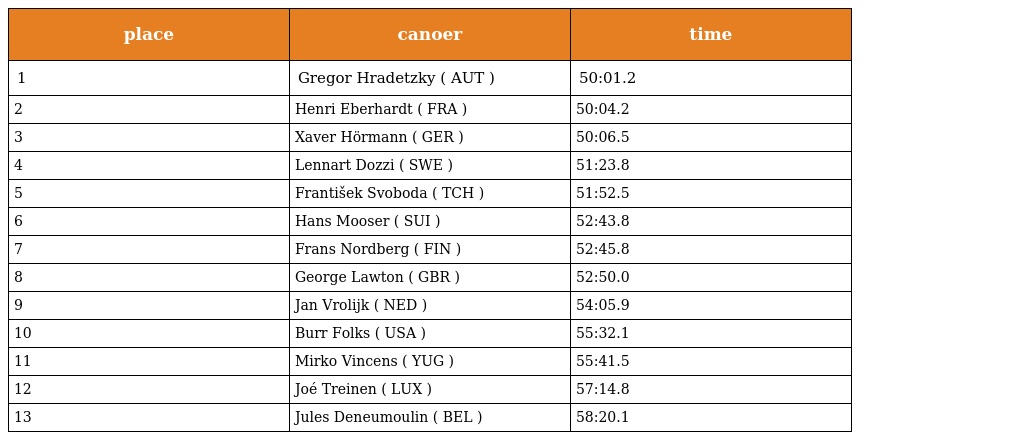
| place | canoer | time |
 | --- | --- | --- |
 | 1 | Gregor Hradetzky ( AUT ) | 50:01.2 |
 | 2 | Henri Eberhardt ( FRA ) | 50:04.2 |
 | 3 | Xaver Hörmann ( GER ) | 50:06.5 |
 | 4 | Lennart Dozzi ( SWE ) | 51:23.8 |
 | 5 | František Svoboda ( TCH ) | 51:52.5 |
 | 6 | Hans Mooser ( SUI ) | 52:43.8 |
 | 7 | Frans Nordberg ( FIN ) | 52:45.8 |
 | 8 | George Lawton ( GBR ) | 52:50.0 |
 | 9 | Jan Vrolijk ( NED ) | 54:05.9 |
 | 10 | Burr Folks ( USA ) | 55:32.1 |
 | 11 | Mirko Vincens ( YUG ) | 55:41.5 |
 | 12 | Joé Treinen ( LUX ) | 57:14.8 |
 | 13 | Jules Deneumoulin ( BEL ) | 58:20.1 |